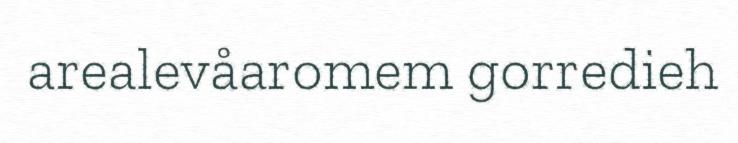
arealevåaromem gorredieh